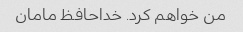
من خواهم کرد. خداحافظ مامان